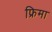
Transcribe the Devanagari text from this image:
फ्रिमा